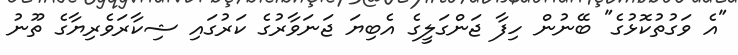
"އެ ވަގުތުކޮޅުގެ" ބޭނުން ހިފާ ޖަންގަލީގެ އެބިޔަ ޖަނަވާރުގެ ކަރުގައި ޝިކާރަވެރިޔާގެ ތޫނު